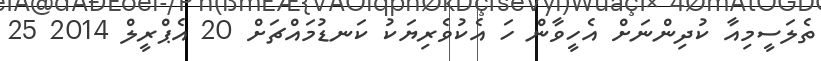
ތެލަސީމިއާ ކުދިންނަށް އެހީވާން ހަ އެކުވެރިޔަކު ކަނޑުމައްޗަށް 20 އެޕްރީލް 2014 25